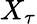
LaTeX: X_{\tau}